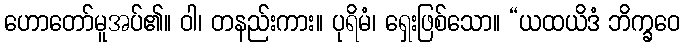
ဟောတော်မူအပ်၏။ ဝါ၊ တနည်းကား။ ပုရိမံ၊ ရှေးဖြစ်သော။ “ယထယိဒံ ဘိက္ခဝေ